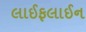
લાઈફલાઈન